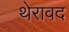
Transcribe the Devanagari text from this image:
थेरावद